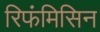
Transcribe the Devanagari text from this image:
रिफंमिसिन